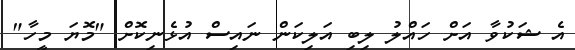
އެ ޝަކުވާ އަށް ހައްލު ލިބި އަލިކަން ނައިސް އުޅެނިކޮށް "މޮޔަ މީހާ"